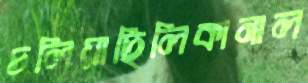
চলিয়াছিলিকানাল